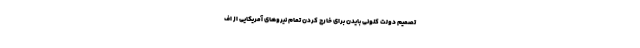
تصمیم دولت کنونی بایدن برای خارج کردن تمام نیروهای آمریکایی از اف